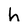
Character: h